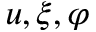
u , \xi , \varphi